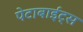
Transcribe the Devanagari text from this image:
पेटाबाईट्स